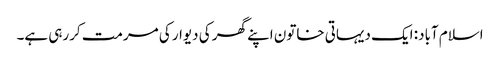
اسلام آباد: ایک دیہاتی خاتون اپنے گھر کی دیوار کی مرمت کررہی ہے۔